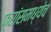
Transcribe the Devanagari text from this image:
फ्रांसमध्येच